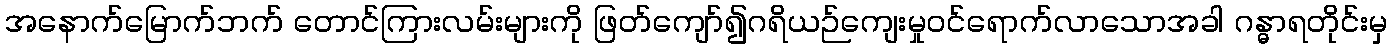
အနောက်မြောက်ဘက် တောင်ကြားလမ်းများကို ဖြတ်ကျော်၍ဂရိယဉ်ကျေးမှုဝင်ရောက်လာသောအခါ ဂန္ဓာရတိုင်းမှ